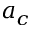
a _ { c }